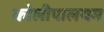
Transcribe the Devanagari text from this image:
कोलीपालयम